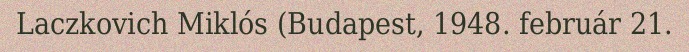
Laczkovich Miklós (Budapest, 1948. február 21.